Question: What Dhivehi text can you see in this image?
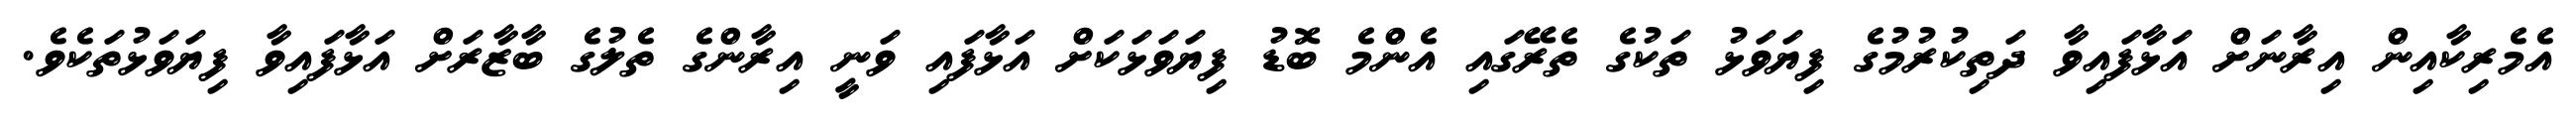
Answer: އެމެރިކާއިން އިރާނަށް އަޅާފައިވާ ދަތިކުރުމުގެ ފިޔަވަޅު ތަކުގެ ތެރޭގައި އެންމެ ބޮޑު ފިޔަވަޅަކަށް އަޅާފައި ވަނީ އިރާންގެ ތެލުގެ ބާޒާރަށް އަޅާފައިވާ ފިޔަވަޅުތަކެވެ.